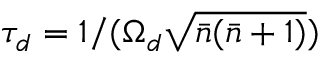
\tau _ { d } = 1 / ( \Omega _ { d } \sqrt { \bar { n } ( \bar { n } + 1 ) } )